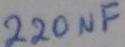
Text: 200µF